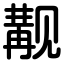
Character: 觏